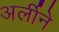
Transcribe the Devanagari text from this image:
अर्लीने